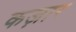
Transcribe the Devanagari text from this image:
कज़ार